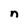
Character: n